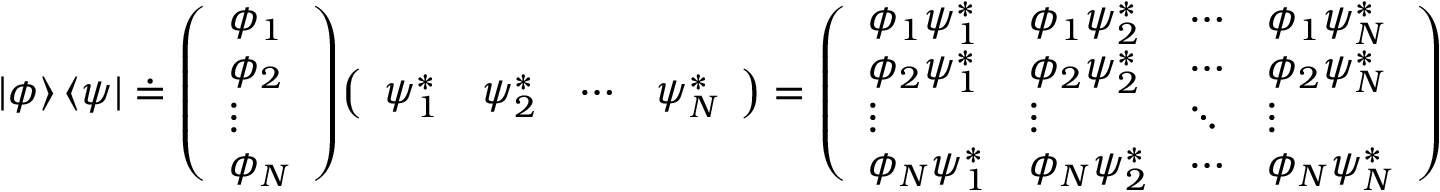
| \phi \rangle \, \langle \psi | \doteq { \left( \begin{array} { l } { \phi _ { 1 } } \\ { \phi _ { 2 } } \\ { \vdots } \\ { \phi _ { N } } \end{array} \right) } { \left( \begin{array} { l l l l } { \psi _ { 1 } ^ { * } } & { \psi _ { 2 } ^ { * } } & { \cdots } & { \psi _ { N } ^ { * } } \end{array} \right) } = { \left( \begin{array} { l l l l } { \phi _ { 1 } \psi _ { 1 } ^ { * } } & { \phi _ { 1 } \psi _ { 2 } ^ { * } } & { \cdots } & { \phi _ { 1 } \psi _ { N } ^ { * } } \\ { \phi _ { 2 } \psi _ { 1 } ^ { * } } & { \phi _ { 2 } \psi _ { 2 } ^ { * } } & { \cdots } & { \phi _ { 2 } \psi _ { N } ^ { * } } \\ { \vdots } & { \vdots } & { \ddots } & { \vdots } \\ { \phi _ { N } \psi _ { 1 } ^ { * } } & { \phi _ { N } \psi _ { 2 } ^ { * } } & { \cdots } & { \phi _ { N } \psi _ { N } ^ { * } } \end{array} \right) }